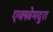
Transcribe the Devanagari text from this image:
एक्स्त्रेमदुरा